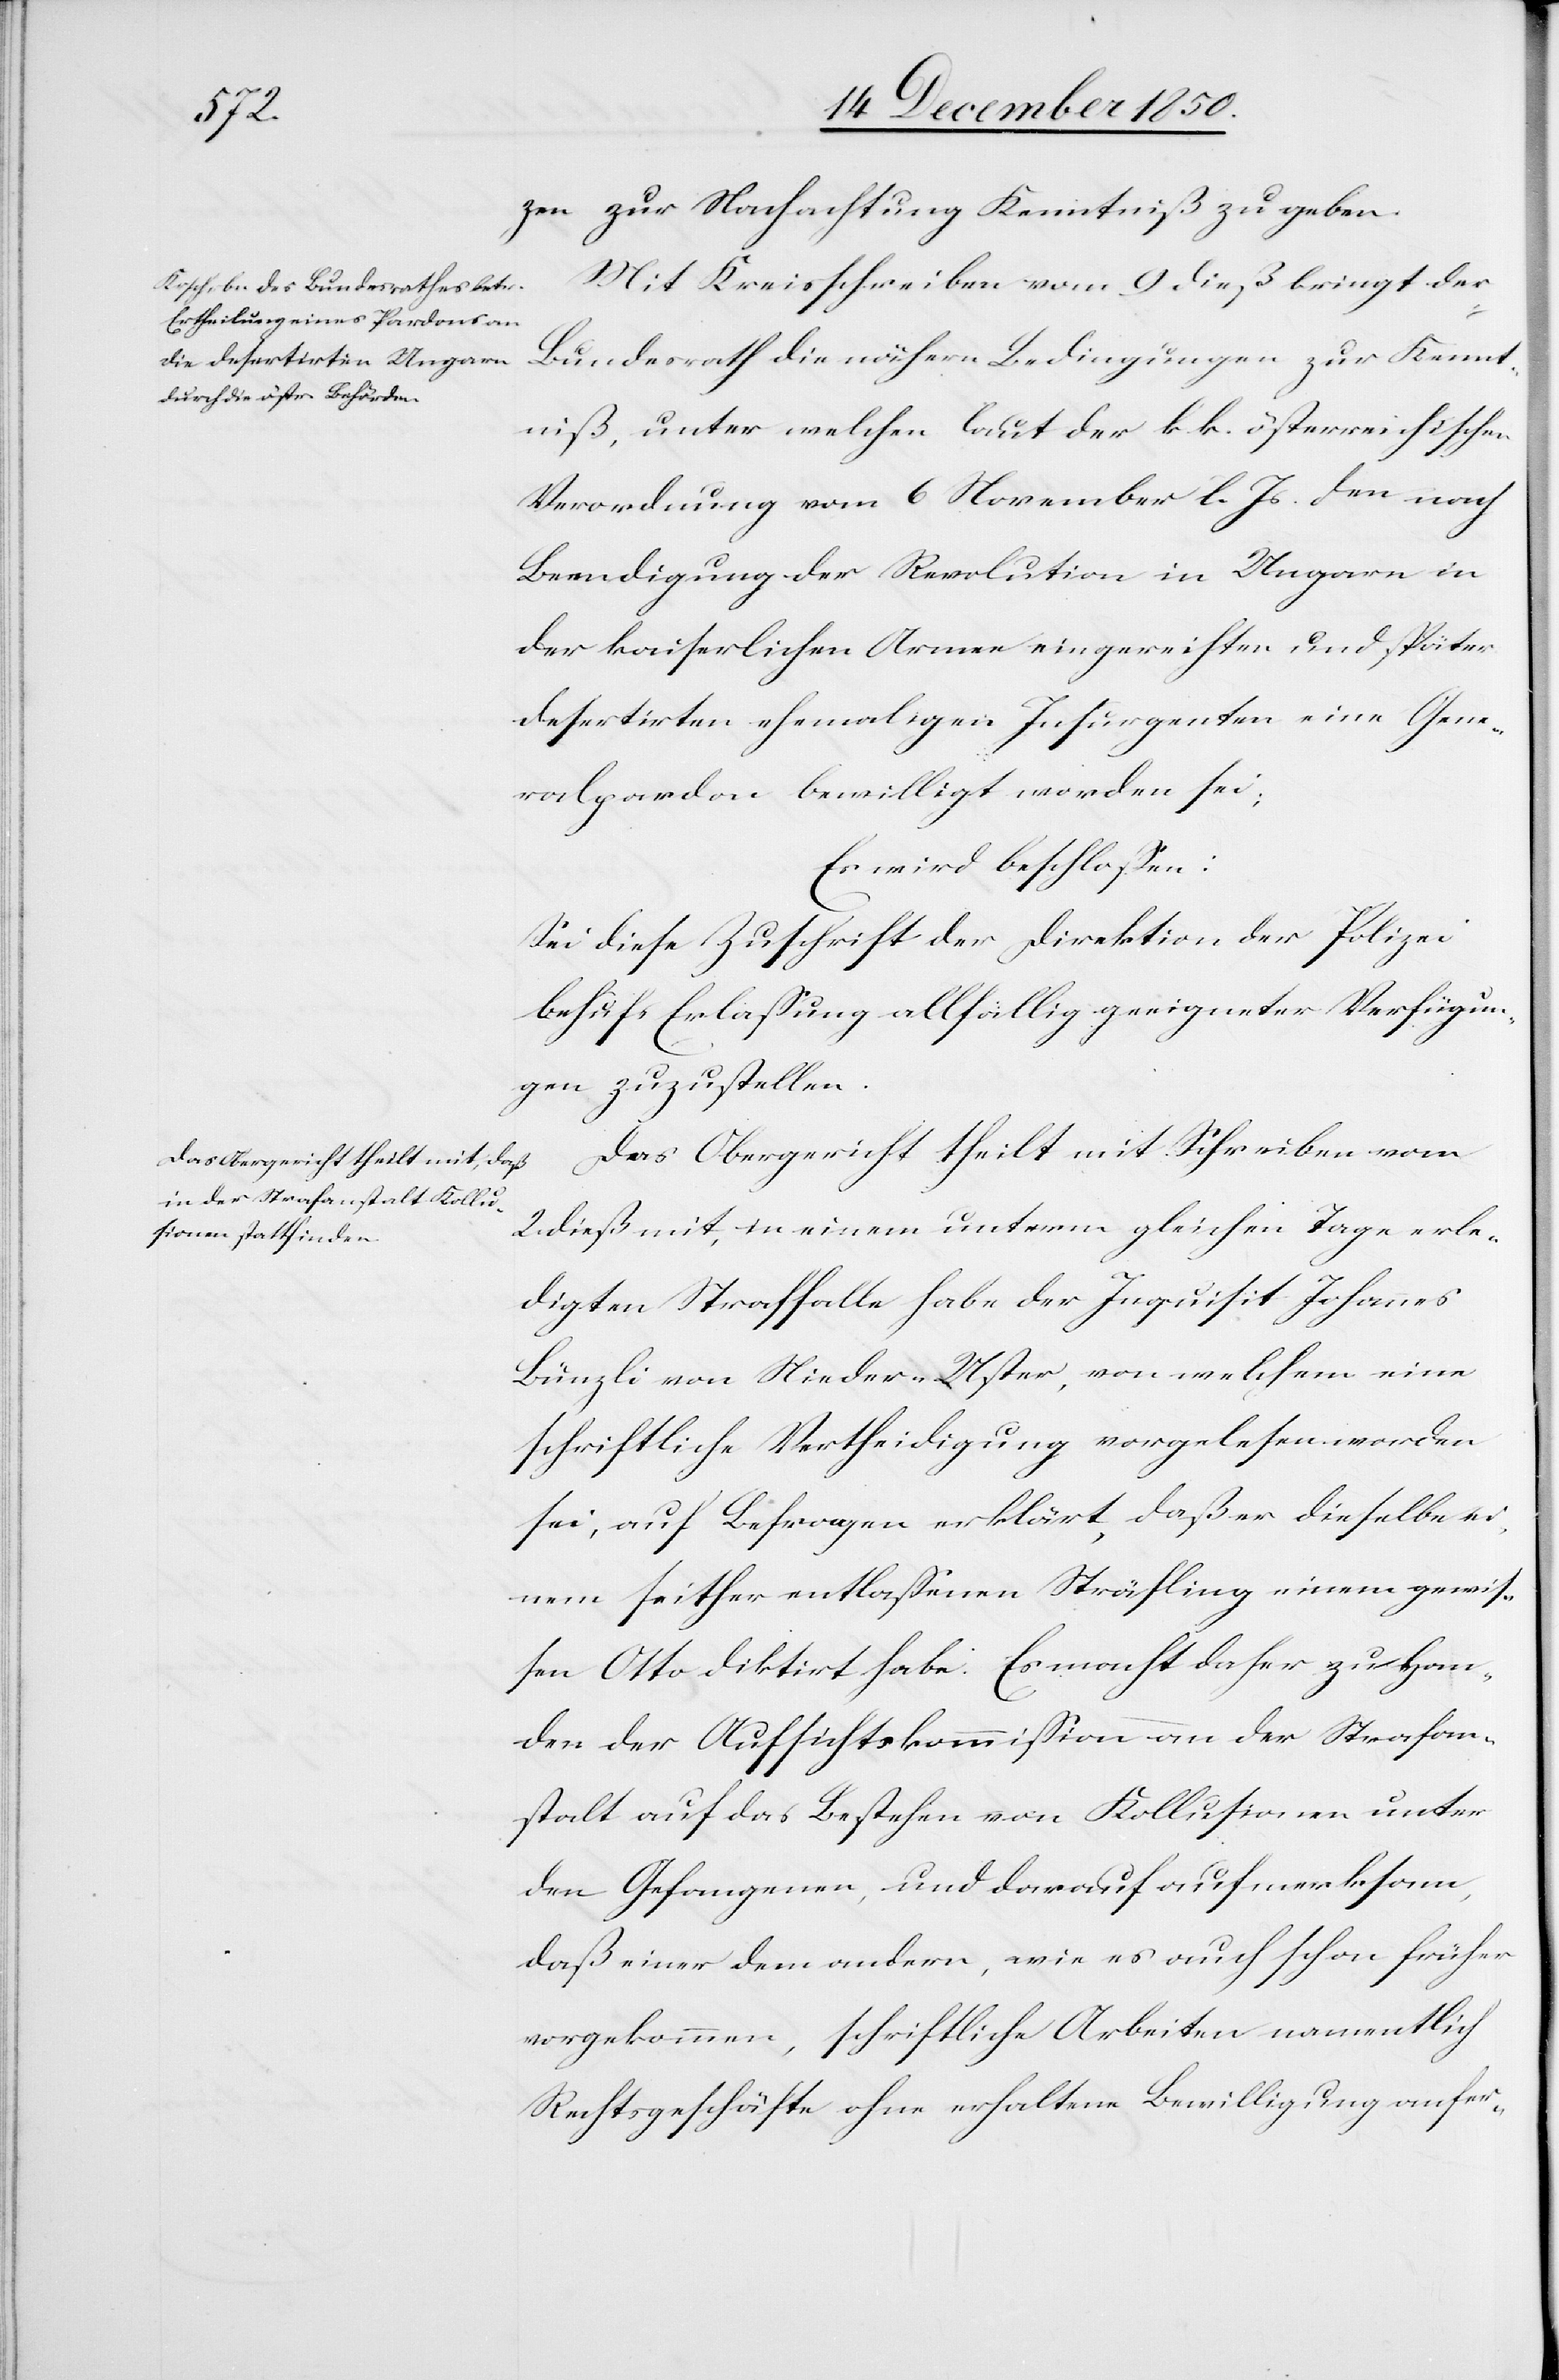
zen zur Nachachtung Kenntniß zu geben.
Mit Kreisschreiben vom 9 dieß bringt der
Gene¬
Bundesrath die nähern Bedingungen zur Kennt¬
niß, unter welchen laut der k. k. österreichischen
Verordnung vom 6 November l. Js. den nach
Beendigung der Revolution in Ungarn in
der kaiserlichen Armee eingereihten und später
desertirten ehemaligen Insurgenten eine [si¬
ralpardon bewilligt worden sei;
Es wird beschlossen:
Sei diese Zuschrift der Direktion der Polizei
behufs Erlassung allfällig geeigneter Verfügun¬
gen zuzustellen.
Das Obergericht theilt mit Schreiben vom
2 dieß mit, in einem unterm gleichen Tage erle¬
digten Straffalle habe der Inquisit Johannes
Bünzli von Nieder-Uster, von welchem eine
schriftliche Vertheidigung vorgelesen worden
sei, auf Befragen erklärt, daß er dieselbe ei¬
nem seither entlassenen Sträfling einem gewis¬
sen Otto diktirt habe. Es macht daher zu Han¬
den der Aufsichtskommission an der Strafan¬
stalt auf das Bestehen von Kollusionen unter
den Gefangenen, und darauf aufmerksam,
daß einer dem andern, wie es auch schon früher
vorgekommen, schriftliche Arbeiten namentlich
Rechtsgeschäfte ohne erhaltene Bewilligung anfer-